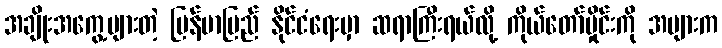
အချိုးအကွေ့များတဲ့ မြန်မာပြည် နိုင်ငံရေးမှာ ဆရာကြီးရယ်လို့ ကိုယ်တော်မှိုင်းကို အများက